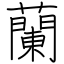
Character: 蘭